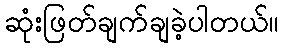
ဆုံးဖြတ်ချက်ချခဲ့ပါတယ်။